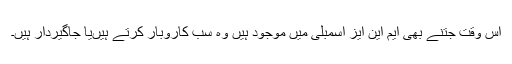
اس وقت جتنے بھی ایم این ایز اسمبلی میں موجود ہیں وہ سب کاروبار کرتے ہیںیا جاگیردار ہیں۔